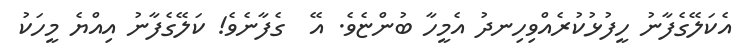
އެކަލޭގެފާނު ހީފުޅުކުރެއްވިހިނދު އެމީހާ ބުންޏެވެ. އޭ  ގެފާނެވެ! ކަލޭގެފާނު އިއްޔެ މީހަކު